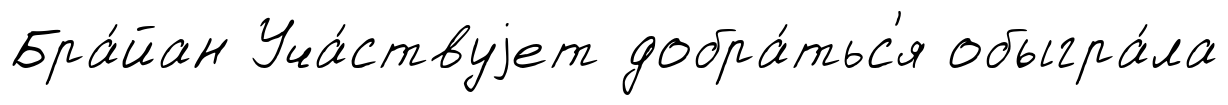
Бра́йан Уча́ствуjет добра́тьс'я обыгра́ла